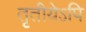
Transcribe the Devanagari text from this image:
तृतीयेऽपि